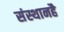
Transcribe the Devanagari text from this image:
संस्थानहै